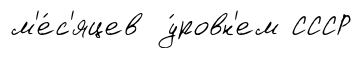
м'е́с'яцев у́ровн'ем СССР